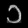
Digit: ၁